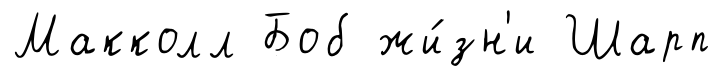
Макколл Боб жи́зн'и Шарп